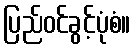
ပြည်ဝင်ခွင့်ပုံစံ။